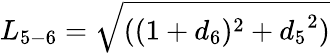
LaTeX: {L_{5-6}}=\sqrt{((1+{d_{6}})^{2}+{d_{5}}^{2})}